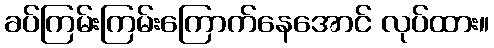
ခပ်ကြမ်းကြမ်းကြောက်နေအောင် လုပ်ထား။